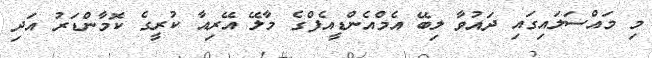
މި މައްސަލައިގައި ދައުވާ ލިބޭ އެމްއެންޑީއެފްގެ މާލޭ އޭރިއާ ކުރީގެ ކޮމާންޑަރު އަދި